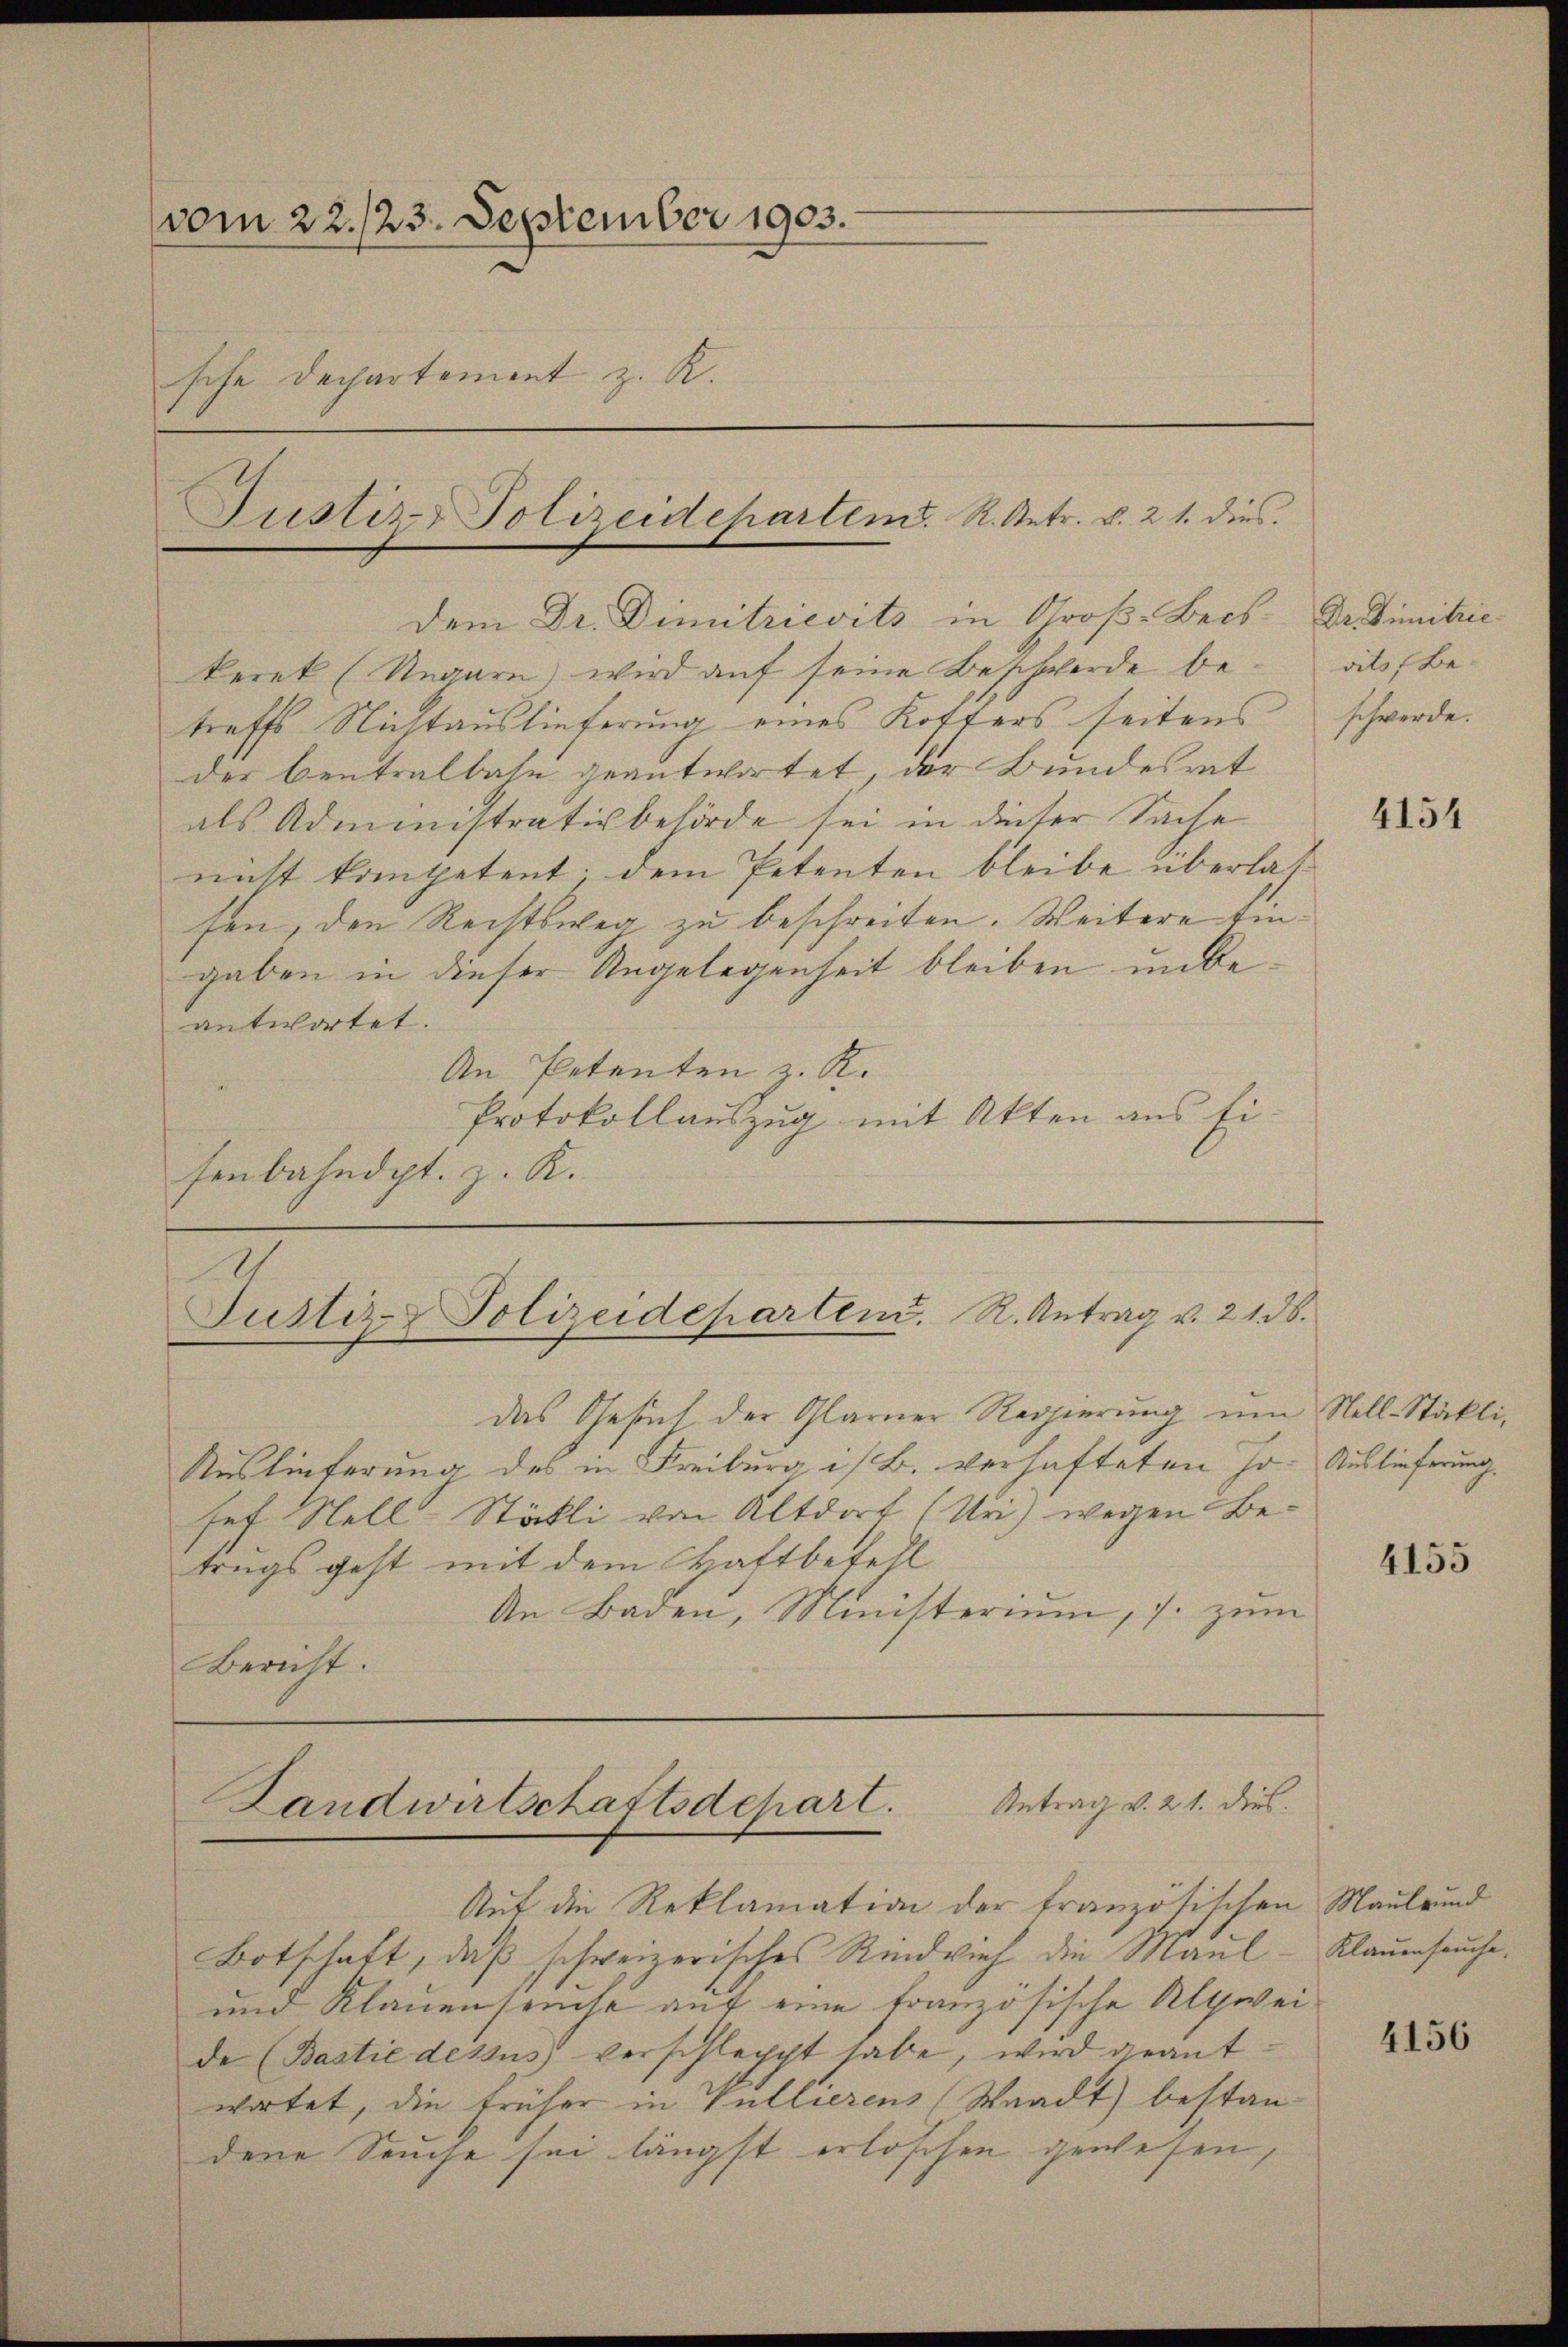
vom 22./23. September 1903.
sche Dechartement z. R.

Justiz-Polizeidepartem. R. Retr. v. 21. dies

Dem Dr. Dimitrievits in Groß-Beiskerek (Ungarn, wird auf seine Beschwerde betreffs Nichtauslieferung eines Kosters seitens
der Centralbahn geantwortet der Bundesrat
als Administrativbehörde sei in dieser Sache
nicht kompetent; dem Petenten bleibe überlasfen, den Rechtsweg zu beschreiten. Weitere Eingaben in dieser Angelegenheit bleiben unbe
antwortet.
An Petenten z. R.
Protokollauszug mit Akten aus Eisenbahndpt. z. K.

Justiz- & Polizeideparten. R. Antrag v. 2136.

das Gesuch der Glarner Regierung um Nell-Stakli¬
Auslieferung des in Freiburg i/B. verhafteten Jo- Auslieferung.
sef Stell-Stäkli von Altdort (Uri) wegen Betrugs geht mit dem Haftbefell
An Baden, Ministerium, s. zum
Bericht.

Landwirtschaftsdchart. Antrag v. 21. dies

Auf die Reklamation der französischen Naulrund
Botschaft, daß schweizerisches Rindvieh die Maul¬
und Klauenseuche auf eine französische Alpweide (Bastie dessus verschleppt habe, wird geantwortet, die früher in Vullierens (Waadt) bestandene Seuche sei längst erloschen gewesen,

Dr. Similie
vits Beschwerde.

4154

4155

Klauenseuche.

4156